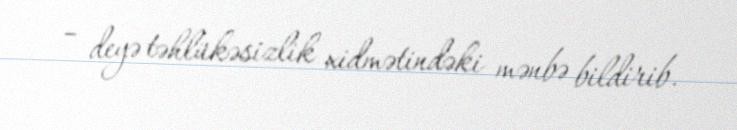
– deyə təhlükəsizlik xidmətindəki mənbə bildirib.